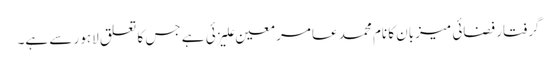
گرفتار فضائی میزبان کا نام محمد عامر معین علیزئی ہے جس کا تعلق لاہور سے ہے۔